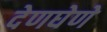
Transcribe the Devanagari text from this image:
देणघेणे